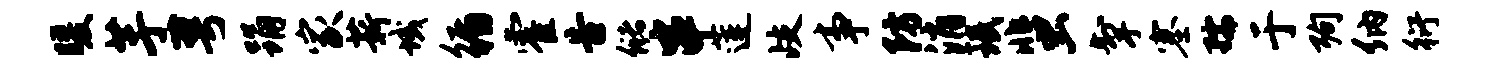
暖芋萼踊家薪域循霍告储串莲歧事防消珉蜚掣塞孺于殉纳衍